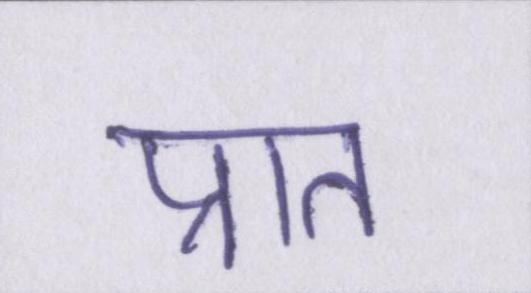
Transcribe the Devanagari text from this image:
प्रात